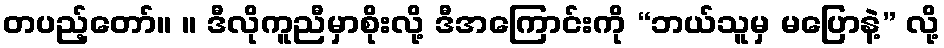
တပည့်တော်။ ။ ဒီလိုကူညီမှာစိုးလို့ ဒီအကြောင်းကို “ဘယ်သူမှ မပြောနဲ့” လို့